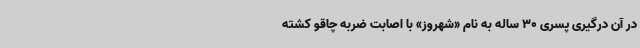
در آن درگیری پسری 30 ‌ساله به نام «شهروز» با اصابت ضربه چاقو کشته